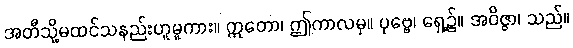
အတီသို့မထင်သနည်းဟူမူကား။ ဣတော၊ ဤကာလမှ။ ပုဗ္ဗေ၊ ရှေ့၌။ အဝိဇ္ဇာ၊ သည်။